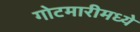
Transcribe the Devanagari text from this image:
गोटमारीमध्ये